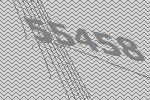
55458